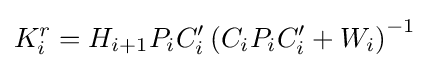
K_{i}^{r}=H_{i+1}P_{i}C'_{i}\left(C_{i}P_{i}C'_{i}+W_{i}\right)^{-1}